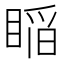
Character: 𥈺